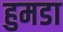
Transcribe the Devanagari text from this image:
हुमडा